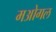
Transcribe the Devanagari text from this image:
मओगल